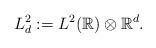
LaTeX: \begin{align*}L_{d}^{2}:=L^{2}(\mathbb{R})\otimes\mathbb{R}^{d}.\end{align*}